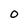
Character: O